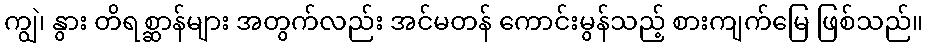
ကျွဲ၊ နွား တိရစ္ဆာန်များ အတွက်လည်း အင်မတန် ကောင်းမွန်သည့် စားကျက်မြေ ဖြစ်သည်။